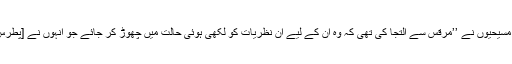
339) نے کہا کہ ابتدائی مسیحیوں نے ’’مرقس سے اِلتجا کی تھی کہ وہ اُن کے لیے اُن نظریات کو لکھی ہوئی حالت میں چھوڑ کر جائے جو اُنہوں نے [پطرس سے] حاصل کیے تھے۔